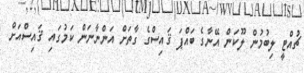
ޗުއްޓީ ލިބުމުން ލޫކަން އޭނާގެ ބައްޕަ ޤައިސްގެ ގާތަށް އަންނާނަން ކަމުގައި ޤައިސްއަށް